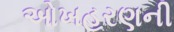
ઓખહરણની